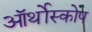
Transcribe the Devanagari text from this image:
ऑर्थोस्कोप